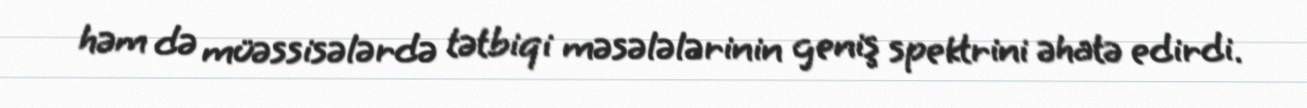
həm də müəssisələrdə tətbiqi məsələlərinin geniş spektrini əhatə edirdi.